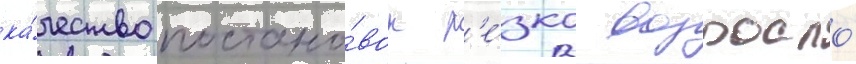
ка́чество постано́вок р'е́зко возросло́